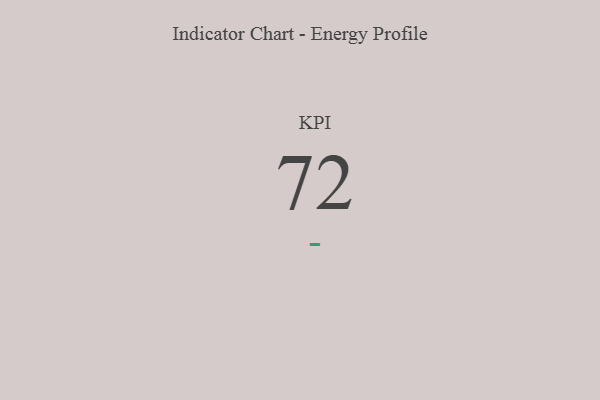
{"axis": {"x": "KPI", "y": "Value"}, "legend": [""], "data": [{"x": "KPI", "y": 72, "type": ""}]}